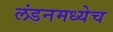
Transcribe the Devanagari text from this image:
लंडनमध्येच